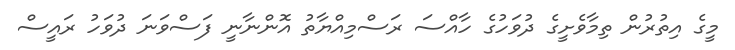
މީގެ އިތުރުން ތިމާވެށީގެ ދުވަހުގެ ހާއްސަ ރަސްމިއްޔާތު އޮންނާނީ ފަސްވަނަ ދުވަހު ރައީސް